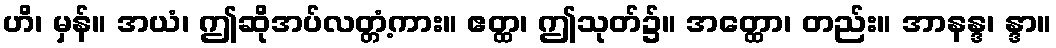
ဟိ၊ မှန်။ အယံ၊ ဤဆိုအပ်လတ္တံ့ကား။ ဧတ္ထ၊ ဤသုတ်၌။ အတ္ထော၊ တည်း။ အာနန္ဒ၊ န္ဒာ။